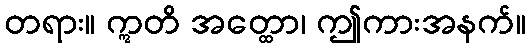
တရား။ ဣတိ အတ္ထော၊ ဤကားအနက်။